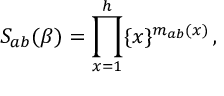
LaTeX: S _ { a b } ( \beta ) = \prod _ { x = 1 } ^ { h } \{ x \} ^ { m _ { a b } ( x ) } \, ,